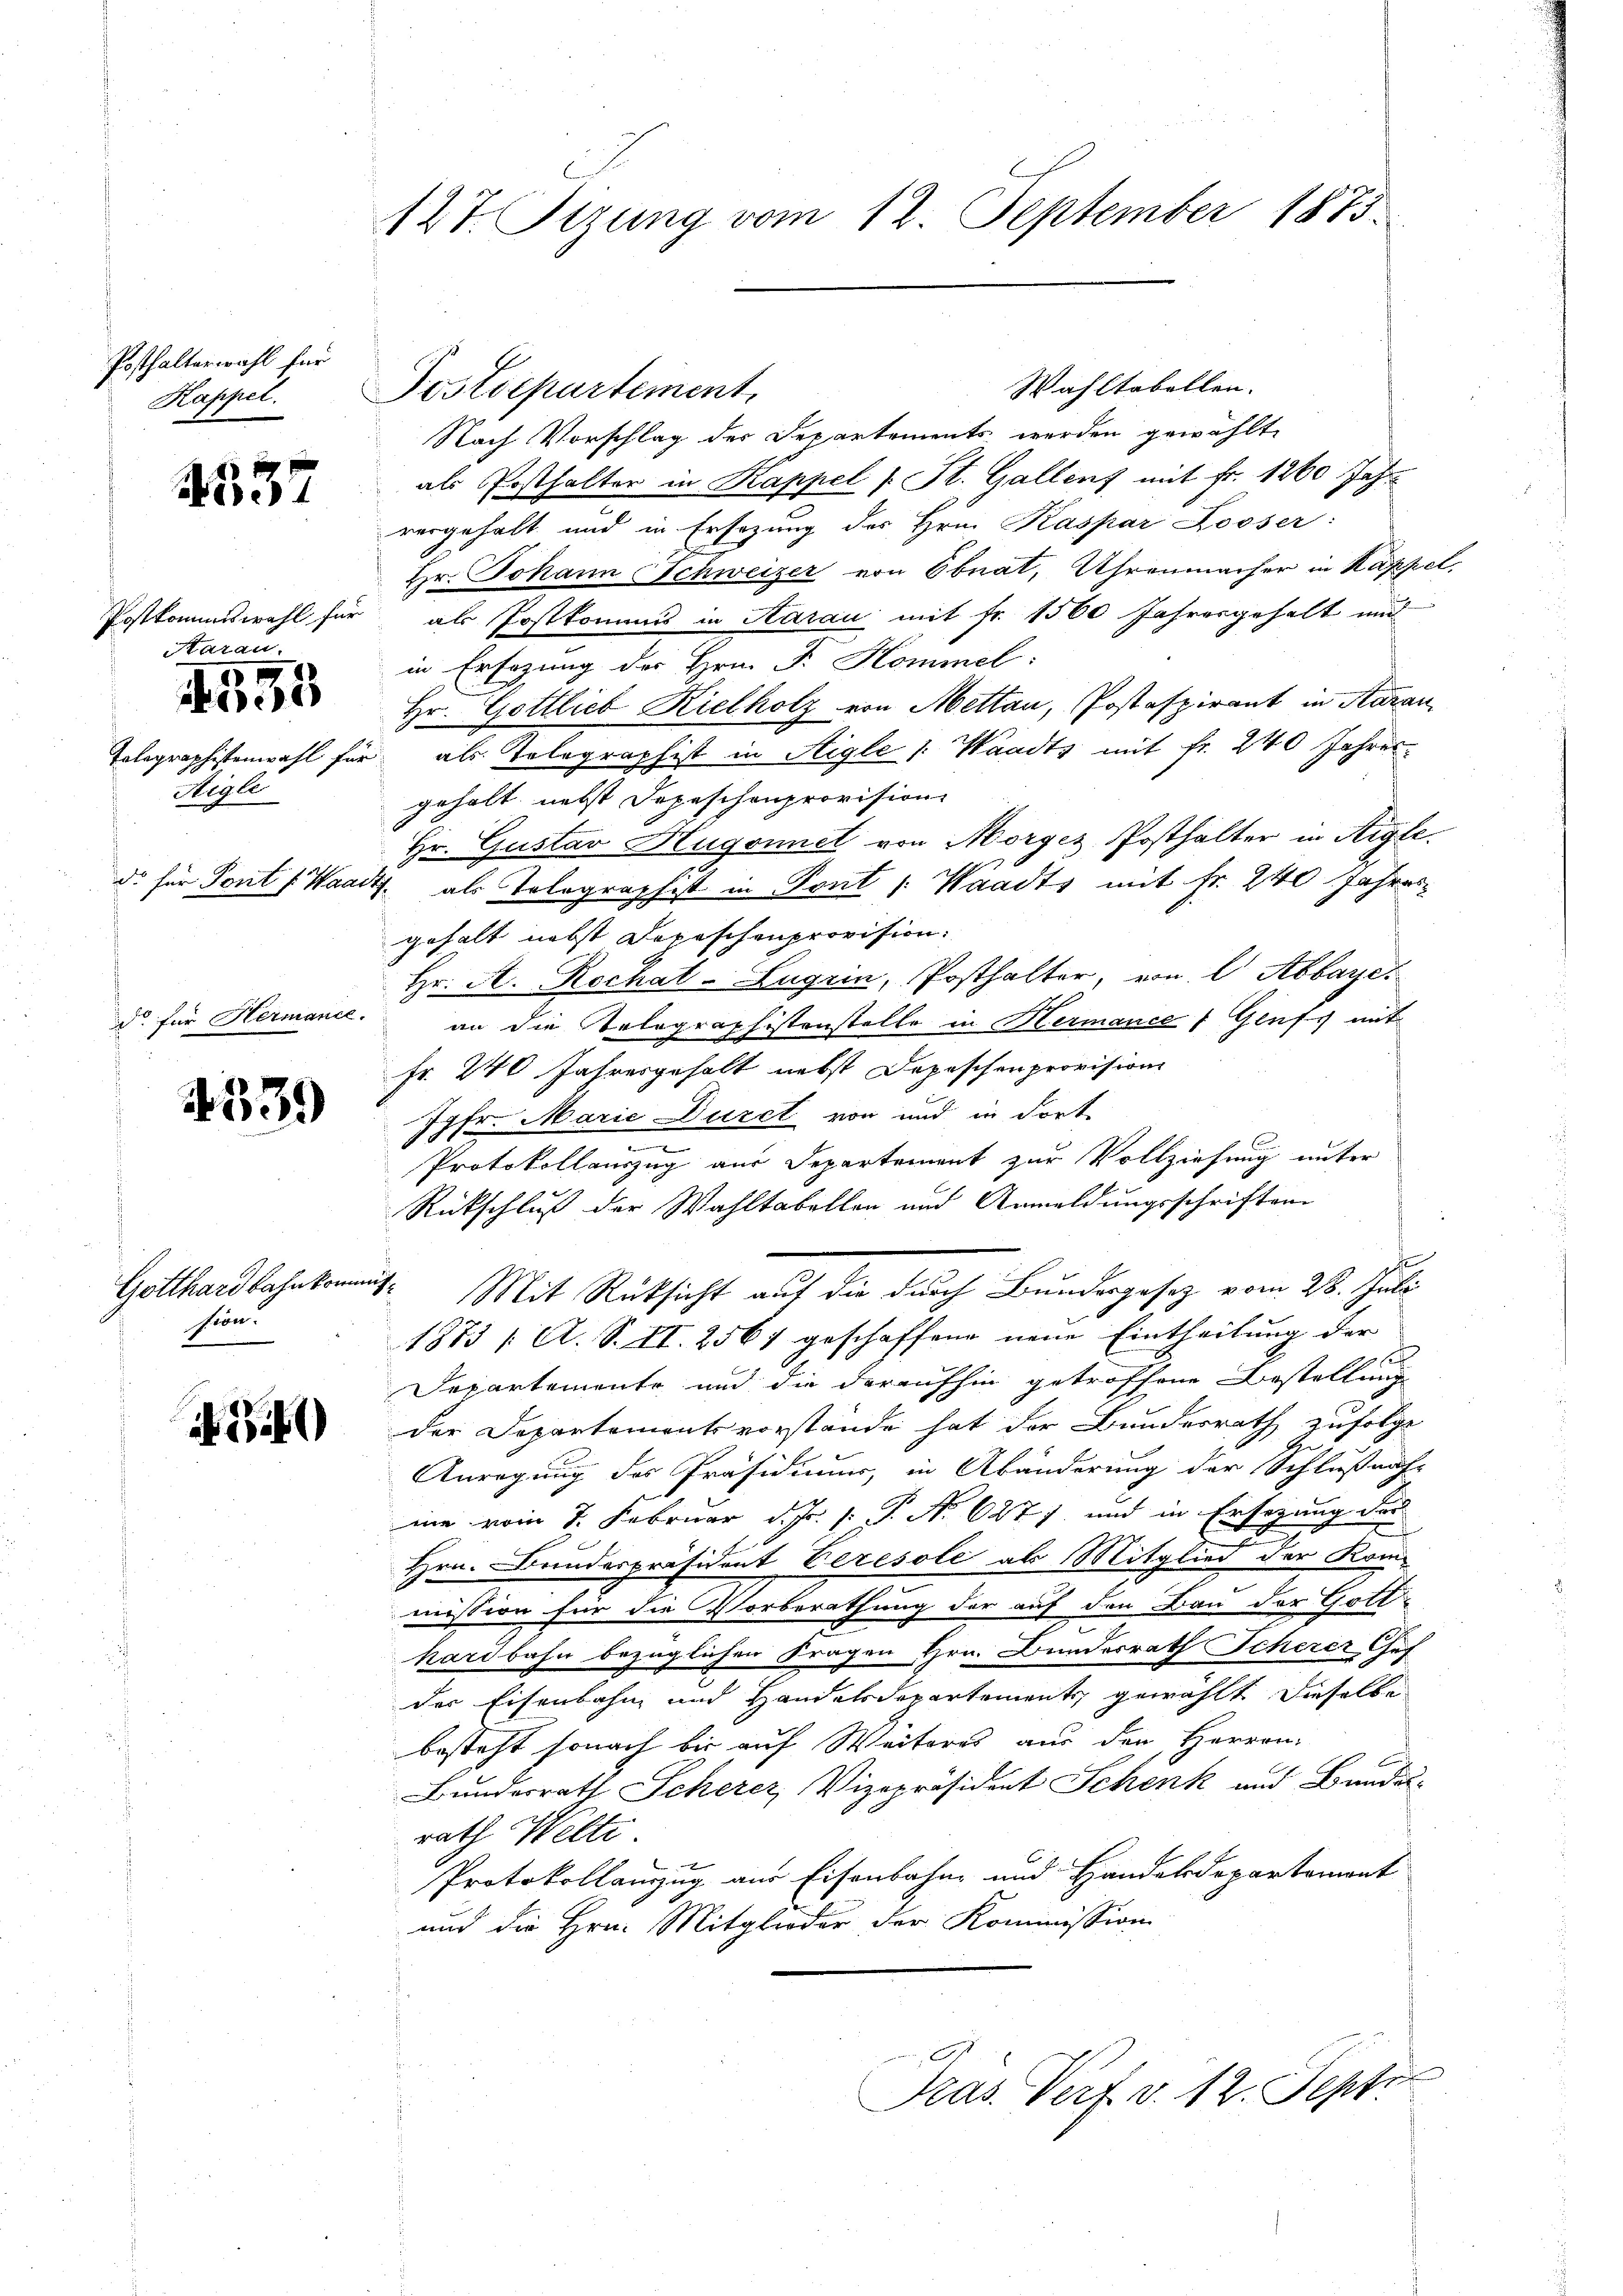
Posthalterwahl für
Kappel.

4537

Postkommiswahl für
Aarau

1

Tolographistenwahl für
Aigle
do für Pont f. Waad
do für Hermance.

4339)

Gotthardbahnkomm
sion.

0

127. Fizung vom 12. September 1873.

Postdepartement,
Nach Vorschlag der Departements werden gewählt
als Posthalter in Kappel /: St. Gallenz mit Fr. 1260 Jahr
vergehalt und in Ersezung des Hrn. Kaspar Looser:
Hr. Johann Schweizer von Ebnat, Uhrenmacher in Kappel,
als Postkommis in Aarau mit fr. 1560 Jahresgehalt und
in Ersezung des Hrn. F. Kommel:
Hr. Gottlieb Rielholz von Mettan, Postaspirant in Aarau
 als Telegraphist in Stigle /: Waadts mit fr. 240 Jahres
gehalt nebst Depeschenprovision
Hr. Gustav Hugonnet von Morges Posthalter in Aigle.
7. als Tolographist in Font /: Waadts mit Fr. 240 Jahres
gehalt nebst Depeschenprovision.
Hr. A. Rechat-Lugrin, Posthalter, von l Abbaye
an die Tolographistenstelle in Hermance f Gluss mit
Fr. 240 Jahresgehalt nebst Depeschenprovision
Jgfr. Marie Duret von und in dort
.
.
Protokollauszug aus Departement zur Vollziehung unter
Rückschluß der Wahltabellen und Anmeldungsschriften
e
ut. Mit Rücksicht auf die durch Bundesgesetz vom 28. Juli
1873 / A. S. II. 2567 geschaffend neue Eintheilung der
1 f
Departemente und die daraufhin getroffene Bestellung
der Departementsvorstande hat der Bundesrath zufolge
Anregung des Präsidium, in Abänderung der Schlußnah-
me vom 7. Februar d. Js. /: P. No 627 f. und in Ersezung der
Hrn. Bunderpräsident Ceresole als Mitglied der Kommission für die Vorberathung der auf den Bau der Gotthardbahn bezüglichen Fragen Hrn. Bundesrath Scherer Gef
der Eisenbahn und Handelsdepartements gewählt dieselbe
besteht sonach bis auf Weiteres aus den Herren
Bundesrath Scherer, Vizepräsident Schenk und Bundes-
rath Welti.
Protokollauszug aus Eisenbahn und Handelsdepartemont
und die Hrn. Mitglieder der Kommission
Präs. Verf. v. 12. Sept.

Wahltabellen.